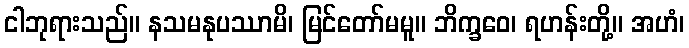
ငါဘုရားသည်။ နသမနုပဿာမိ၊ မြင်တော်မမူ။ ဘိက္ခဝေ၊ ရဟန်းတို့။ အဟံ၊